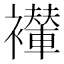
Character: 𫌖